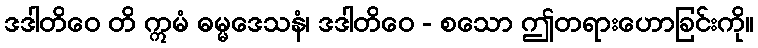
ဒဒါတိဝေ တိ ဣမံ ဓမ္မဒေသနံ၊ ဒဒါတိဝေ - စသော ဤတရားဟောခြင်းကို။